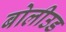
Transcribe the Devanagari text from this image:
बोलीउड